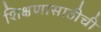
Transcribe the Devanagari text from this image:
शिक्षणासाठीची